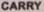
CARRY